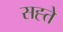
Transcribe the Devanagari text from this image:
सह्ते